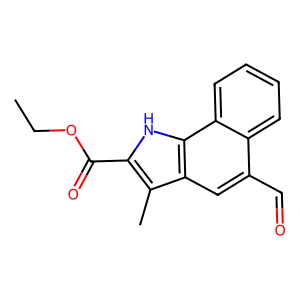
SMILES: CCOC(=O)c1[nH]c2c(cc(C=O)c3ccccc32)c1C
Inhibits HIV replication: No